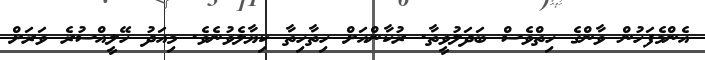
އެންމެފަހުން ވާންގެ ހިތްވެސް ބަދަލުވީތާ. ރުކާންއަށް ހިތާހިތާ ކިޔާލެވުނެވެ. މިއަދު ހޭލީއްސުރެ ވަރަށް